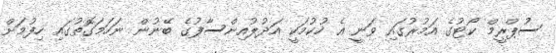
ސުޕްރީމް ކޯޓުގެ އަމުރުގައި ވަނީ އެ ހުކުމަކީ އަދުލުއިންސާފުގެ ބޭނުން ނަހަމަގޮތުގައި ހިފުމަށް